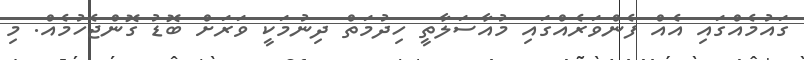
ގައުމެއްގައި އެއް ފެންވަރެއްގައި މުއާސަލާތީ ހިދުމަތް ދިނުމަކީ ވަރަށް ބޮޑު ގޮންޖެހުމެއް. މި